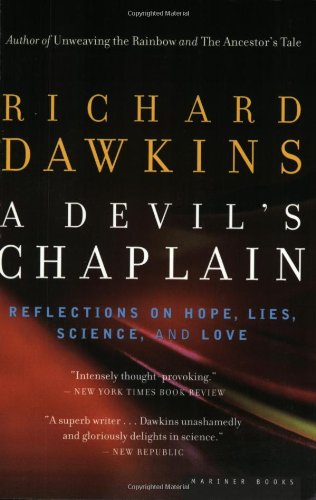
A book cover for A Devil's Chaplain: Reflections on Hope, Lies, Science, and Love; Richard Dawkins; Science & Math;